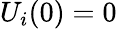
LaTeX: U_{i}(0)=0